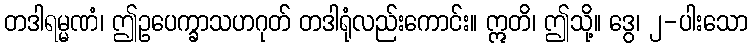
တဒါရမ္မဏံ၊ ဤဥပေက္ခာသဟဂုတ် တဒါရုံလည်းကောင်း။ ဣတိ၊ ဤသို့။ ဒွေ၊ ၂-ပါးသော